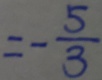
= - \frac { 5 } { 3 }